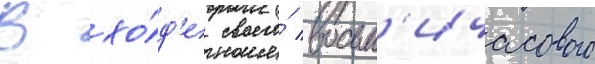
В хо́д'е своего́ восьм'ичасового